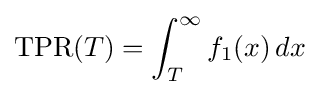
{\mbox{TPR}}(T)=\int _{T}^{\infty }f_{1}(x)\,dx